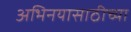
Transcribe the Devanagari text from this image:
अभिनयासाठीच्या